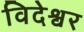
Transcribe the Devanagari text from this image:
विदेश्वर